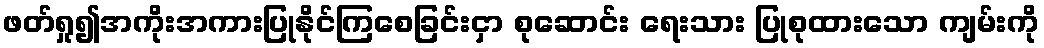
ဖတ်ရှု၍အကိုးအကားပြုနိုင်ကြစေခြင်းငှာ စုဆောင်း ရေးသား ပြုစုထားသော ကျမ်းကို